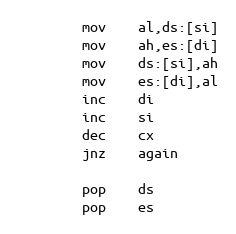
Language: C++
		mov	al,ds:[si]
		mov	ah,es:[di]
		mov	ds:[si],ah
		mov	es:[di],al
		inc	di
		inc	si
		dec	cx
		jnz	again

		pop	ds
		pop	es